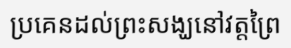
ប្រគេនដល់ព្រះសង្ឃនៅវត្តព្រៃ